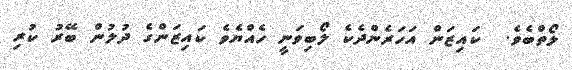
ލޯތްބެވެ.  ކައިޒަން އަހަރެންދެކެ ލޯބިވަނީ ހެއްޔެވެ ކައިޒަންގެ ދުލުން ބޭރު ކުރި